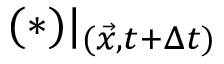
( * ) \vert _ { ( \vec { x } , t + \Delta { t } ) }